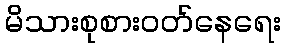
မိသားစုစားဝတ်နေရေး